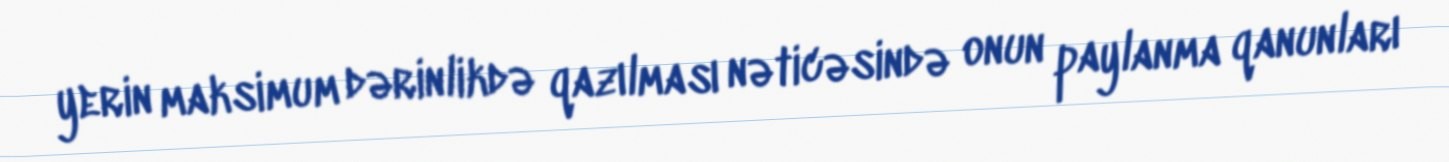
yerin maksimum dərinlikdə qazılması nəticəsində onun paylanma qanunları